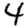
Digit: 4